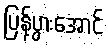
ပြန့်ပွားအောင်